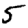
Digit: 5